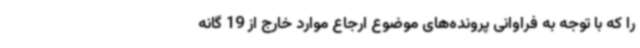
را که با توجه به فراوانی پرونده‌های موضوع ارجاع موارد خارج از 19 گانه